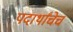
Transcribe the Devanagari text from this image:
पदार्थांचेच